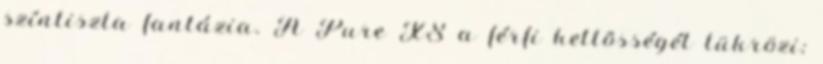
színtiszta fantázia. A Pure XS a férfi kettõsségét tükrözi;